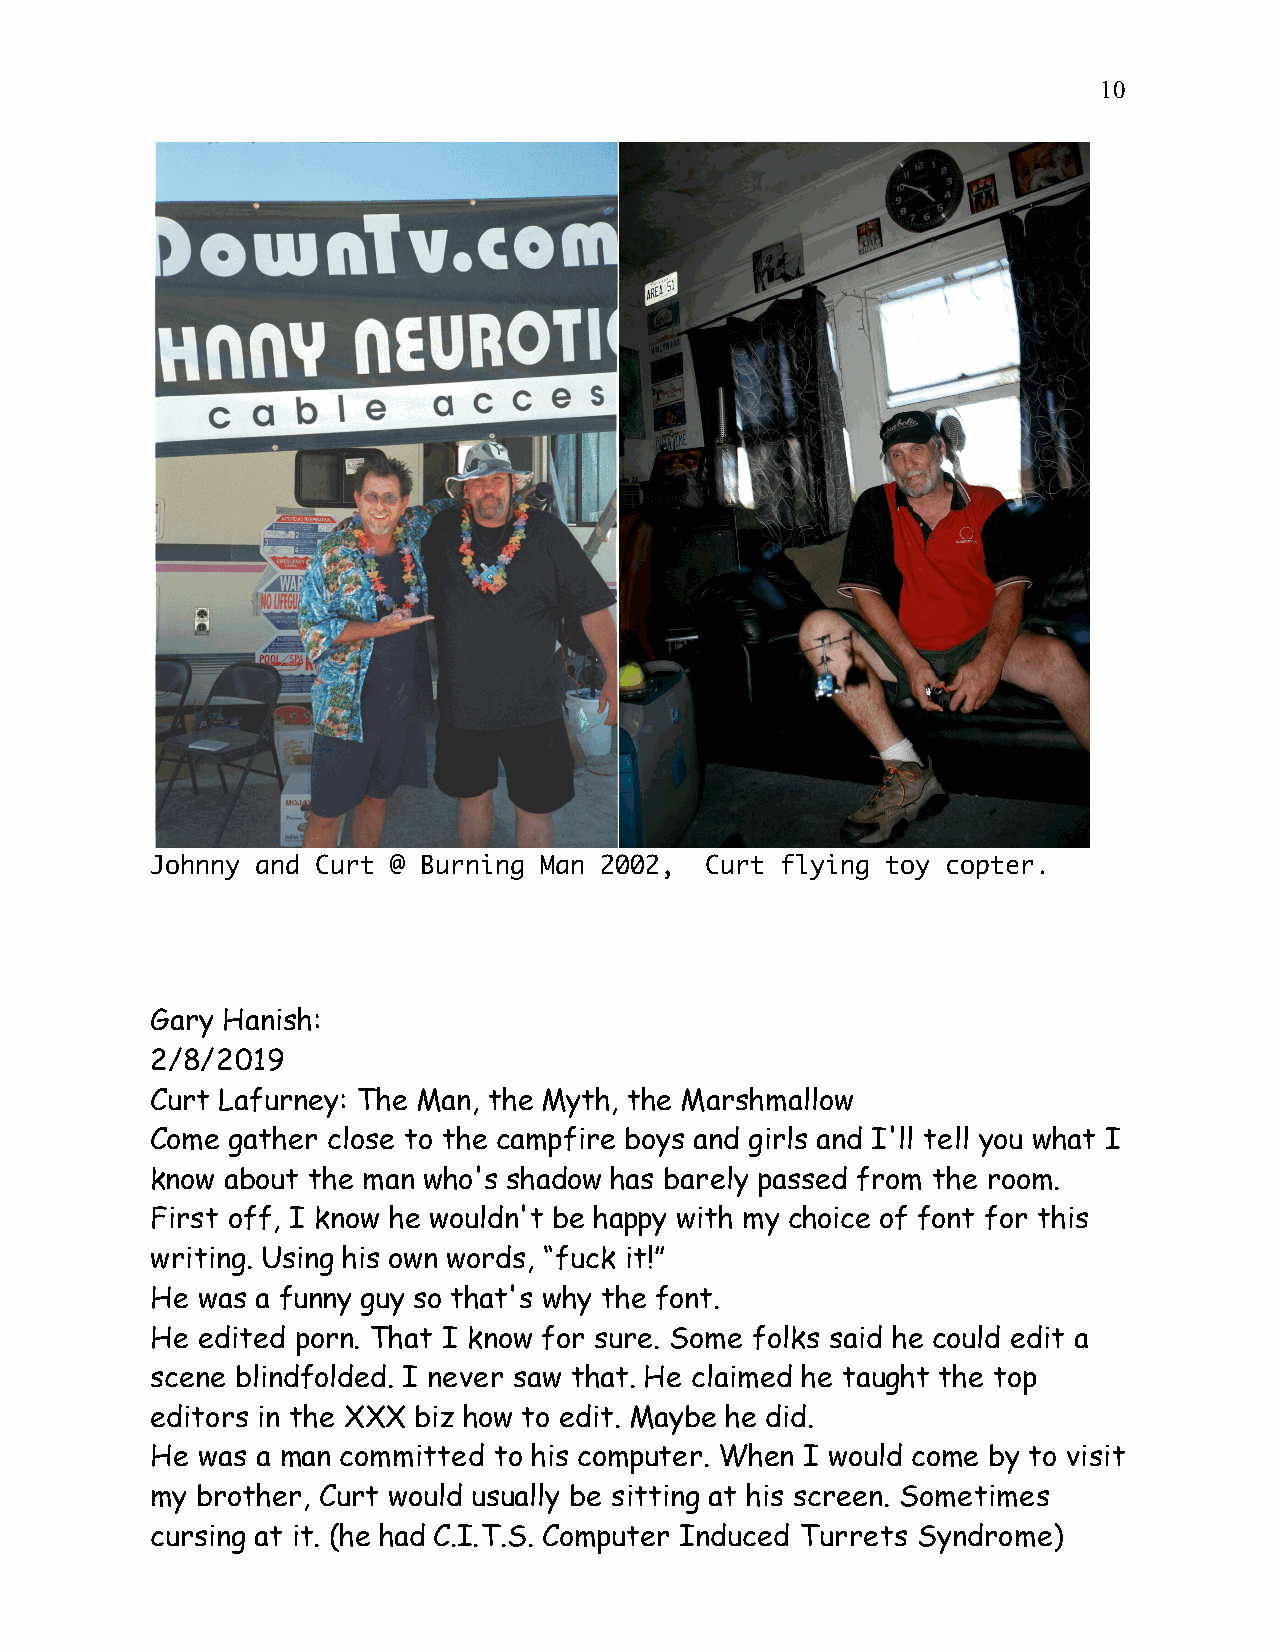
10
 Johnny and Curt @ Burning Man 2002,  Curt flying toy copter.
 Gary Hanish:
 2/8/2019
 Curt Lafurney: The Man, the Myth, the Marshmallow
 Come gather close to the campfire boys and girls and I'll tell you what I
 know about the man who's shadow has barely passed from the room.
 First off, I know he wouldn't be happy with my choice of font for this
 writing. Using his own words, “fuck it!”
 He was a funny guy so that's why the font.
 He edited porn. That I know for sure. Some folks said he could edit a
 scene blindfolded. I never saw that. He claimed he taught the top
 editors in the XXX biz how to edit. Maybe he did.
 He was a man committed to his computer. When I would come by to visit
 my brother, Curt would usually be sitting at his screen. Sometimes
 cursing at it. (he had C.I.T.S. Computer Induced Turrets Syndrome)